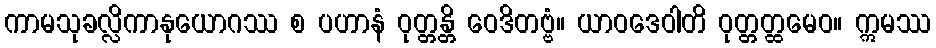
ကာမသုခလ္လိကာနုယောဂဿ စ ပဟာနံ ဝုတ္တန္တိ ဝေဒိတဗ္ဗံ။ ယာဝဒေဝါတိ ဝုတ္တတ္ထမေဝ။ ဣမဿ